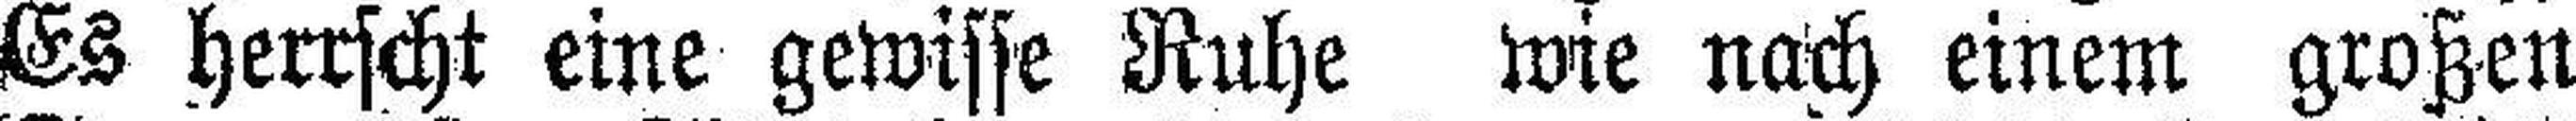
Es herrscht eine gewisse Ruhe wie nach einem großen